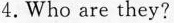
4.Who are they?